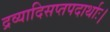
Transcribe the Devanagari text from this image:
द्रव्यादिसप्तपदार्थाः।